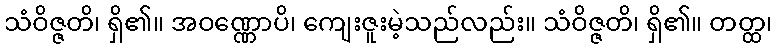
သံဝိဇ္ဇတိ၊ ရှိ၏။ အဝဏ္ဏောပိ၊ ကျေးဇူးမဲ့သည်လည်း။ သံဝိဇ္ဇတိ၊ ရှိ၏။ တတ္ထ၊